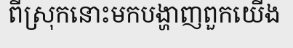
ពីស្រុកនោះមកបង្ហាញពួកយើង